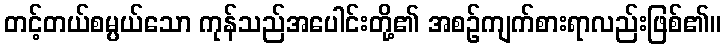
တင့်တယ်စမ္ပယ်သော ကုန်သည်အပေါင်းတို့၏ အစဉ်ကျက်စားရာလည်းဖြစ်၏။